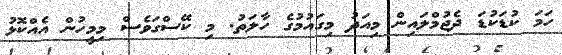
ހަމަ ކުޑަކުޑަ ދެޖުމްލައިން މިއަދު މިގައުމުގެ ހާލަތު. މި ކޭސްގަވެސް މިމީހުން އެއްކޮޅު